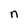
Character: n